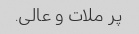
پر ملات و عالی.